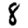
Digit: 8